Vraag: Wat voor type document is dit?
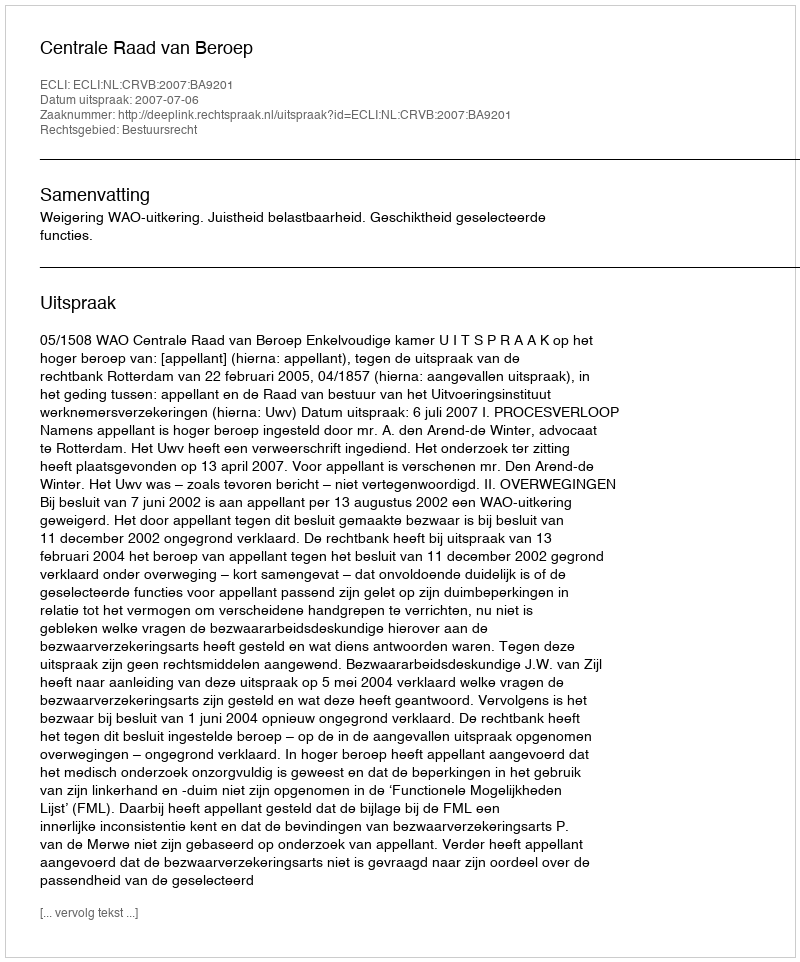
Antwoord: Uitspraak